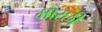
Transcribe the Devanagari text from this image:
मारछी